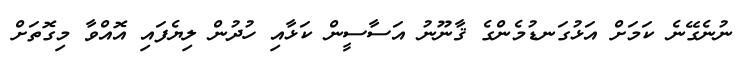
ނުނެގޭނެ ކަމަށް އަޅުގަނޑުމެންގެ ޤާނޫނު އަސާސީން ކަޅާއި ހުދުން ލިޔެފައި އޮއްވާ މިގޮތަށް